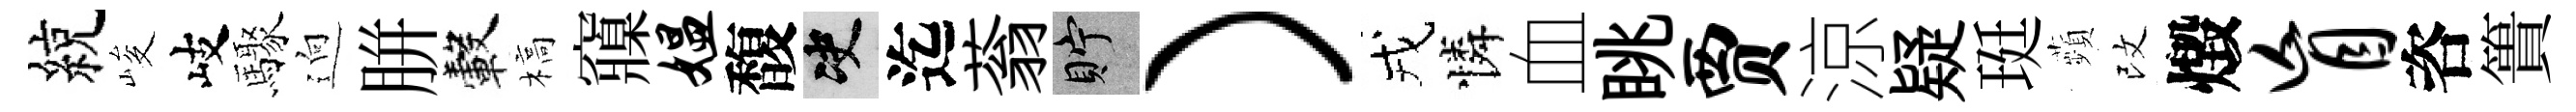
綂峻岐驟逈胼轂槁䆿媪馥决迄蓊貯）戎憐血眺贾涼疑珽蘋改燬盲咨簣